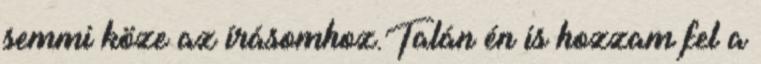
semmi köze az írásomhoz.Talán én is hozzam fel a